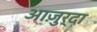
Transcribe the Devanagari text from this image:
आजु़र्दा